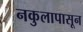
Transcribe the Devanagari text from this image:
नकुलापासून